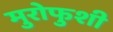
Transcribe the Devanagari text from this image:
मुरोफुशी